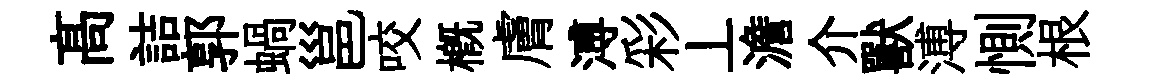
髙詰郭蝸邕咬概膚溥彩丄澹介獸溥惻根